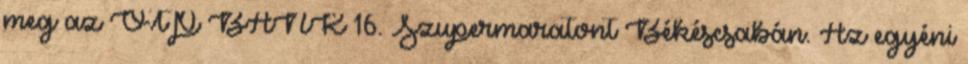
meg az OTP BANK 16. Szupermaratont Békéscsabán. Az egyéni